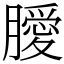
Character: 𭩊